Epidemic dropsy in Calcutta - Number 49
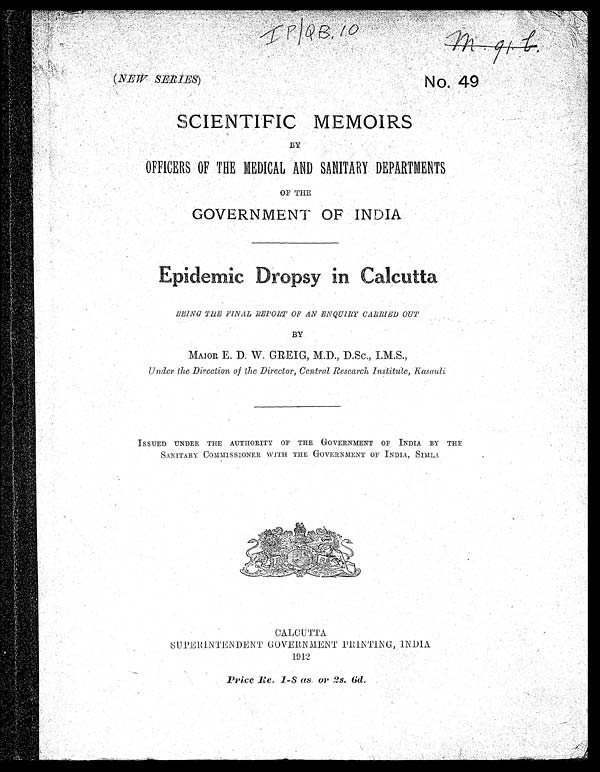
( NEW SERIES)
No. 49
IP|QB. 10
M. 91 l
SCIENTIFIC MEMOIRS
BY
OFFICERS OF THE MEDICAL AND SANITARY DEPARTMENTS
OF THE
GOVERNMENT OF INDIA
E p i d e m c D r o p s y i n C a l c u t t a
BEING TEE FINAL REPORT OF AN ENQUIRY CARRIED OUT
BY
MAJOR E. D. W. GREIG, M.D., D.Sc., I.M.S.,
Under the Direction of the Director, Central Research Institute, Kasouli
ISSUED UNDER THE AUTHORITY OF THE GOVERNMENT OF INDIA BY THE
SANITARY COMMISSIONER WITH THE GOVERNMENT OF INDIA, SIMLA
CALCUTTA
SPERINTENDENT GOVERNMENT PRINTIN INDIA
1912.
Price Re. 1-8 as. or 2s. 6d.